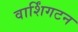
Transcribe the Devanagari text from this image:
वार्शिंगटन